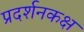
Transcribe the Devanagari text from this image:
प्रदर्शनकक्ष